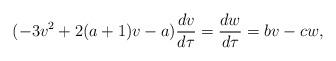
LaTeX: \begin{align*} (-3v^2+2(a+1)v-a)\frac{dv}{d\tau}=\frac{dw}{d\tau}=bv-cw, \end{align*}